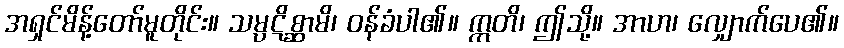
အရှင်မိန့်တော်မူတိုင်း။ သမ္ပဋိစ္ဆာမိ၊ ဝန်ခံပါ၏။ ဣတိ၊ ဤသို့။ အာဟ၊ လျှောက်ပေ၏။